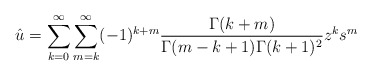
\begin{align*}{\hat u}=\sum_{k=0}^{\infty}\sum_{m=k}^{\infty}(-1)^{k+m}\frac{\Gamma(k+m)}{\Gamma(m-k+1)\Gamma(k+1)^2}z^k s^m\end{align*}